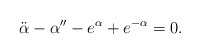
\begin{align*}\ddot{\alpha}-\alpha''-e^\alpha+e^{-\alpha}=0.\end{align*}